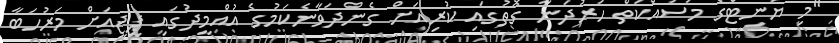
"މި ޔުނިޓްގެ މަސައްކަތް ހަރުދަނާ ގޮތުގައި ކުރިއަށް ގެންދަވާނެކަމުގެ އުއްމީދުގައި ޕީޖީއަށް މަރުހަބާ